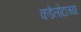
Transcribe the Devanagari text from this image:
कडेलोटाच्या